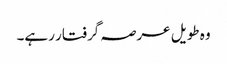
وہ طویل عرصہ گرفتار رہے۔